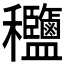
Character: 𥤟